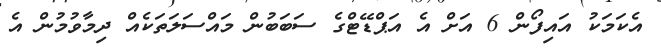
އެކަމަކު އައިފޯން 6 އަށް އެ އަޕްޑޭޓްގެ ސަބަބުން މައްސަލަތަކެއް ދިމާވުމުން އެ